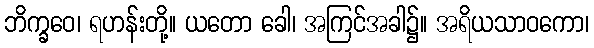
ဘိက္ခဝေ၊ ရဟန်းတို့။ ယတော ခေါ၊ အကြင်အခါ၌။ အရိယသာဝကော၊